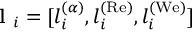
\textbf { l } _ { i } = [ l _ { i } ^ { ( \alpha ) } , l _ { i } ^ { ( \mathrm { R e ) } } , l _ { i } ^ { ( \mathrm { W e ) } } ]